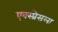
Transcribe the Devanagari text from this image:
एक्स्प्रेसला